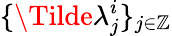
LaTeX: \{ \Tilde{\lambda}_{j}^{i}\} _{j\in\mathbb{Z}}